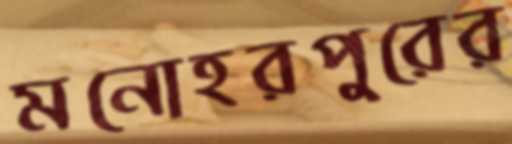
মনোহরপুরের